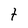
Character: t